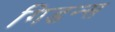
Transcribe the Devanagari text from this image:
गिडन्स